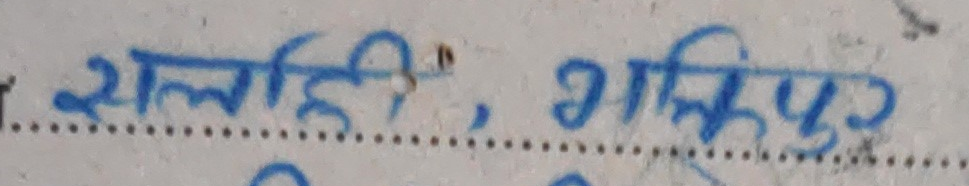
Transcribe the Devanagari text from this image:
सल्ही, गाजिकपुर